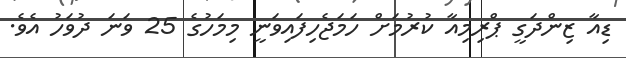
ޑިއާ ޒިންދަގީ ޕްރިމިއާ ކުރުމަށް ހަމަޖެހިފައިވަނީ މިމަހުގެ 25 ވަނަ ދުވަހު އެވެ.